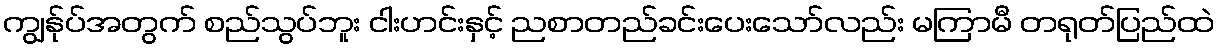
ကျွန်ုပ်အတွက် စည်သွပ်ဘူး ငါးဟင်းနှင့် ညစာတည်ခင်းပေးသော်လည်း မကြာမီ တရုတ်ပြည်ထဲ